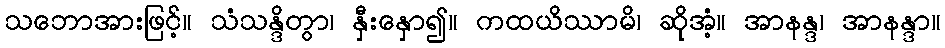
သဘောအားဖြင့်။ သံသန္ဒိတွာ၊ နှီးနှော၍။ ကထယိဿာမိ၊ ဆိုအံ့။ အာနန္ဒ၊ အာနန္ဒာ။